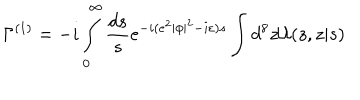
LaTeX: \Gamma ^ { ( 1 ) } = - i \int _ { 0 } ^ { \infty } \frac { d s } { s } e ^ { - i ( e ^ { 2 } | \phi | ^ { 2 } - i \varepsilon ) s } \int d ^ { 8 } z { \cal U } ( z , z | s )